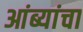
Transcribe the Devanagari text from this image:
आंब्यांचा